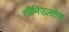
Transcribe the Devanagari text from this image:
सीमिउलतेस्